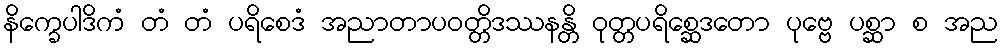
နိက္ခေပါဒိကံ တံ တံ ပရိစေဒံ အညာတာပဝတ္တိဒဿနန္တိ ဝုတ္တပရိစ္ဆေဒတော ပုဗ္ဗေ ပစ္ဆာ စ အည